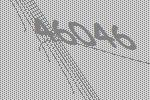
46046